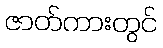
ဇာတ်ကားတွင်